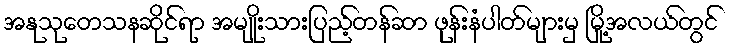
အနုသုတေသနဆိုင်ရာ အမျိုးသားပြည့်တန်ဆာ ဖုန်းနံပါတ်များမှ မြို့အလယ်တွင်